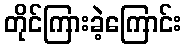
တိုင်ကြားခဲ့ကြောင်း